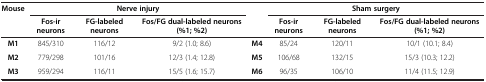
| <ROWSPAN=2> Mouse | <COLSPAN=3> Nerve injury |  | <COLSPAN=3> Sham surgery |
 | Fos-ir neurons | FG-labeled neurons | Fos/FG dual-labeled neurons (%1; %2) |  | Fos-ir neurons | FG-labeled neurons | Fos/FG dual-labeled neurons (%1; %2) |
 | --- | --- | --- | --- | --- | --- | --- | --- |
 | M1 | 845/310 | 116/12 | 9/2 (1.0; 8.6) | M4 | 85/24 | 120/11 | 10/1 (10.1; 8.4) |
 | M2 | 779/298 | 101/16 | 12/3 (1.4; 12.8) | M5 | 106/68 | 132/15 | 15/3 (10.3; 12.2) |
 | M3 | 959/294 | 116/11 | 15/5 (1.6; 15.7) | M6 | 96/35 | 106/10 | 11/4 (11.5; 12.9) |